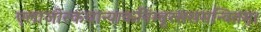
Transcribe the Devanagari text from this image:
एलाजीरकधान्याकनिम्बूरससमन्वितम्।